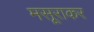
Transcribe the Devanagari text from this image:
मसूराकर